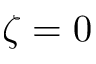
\zeta = 0